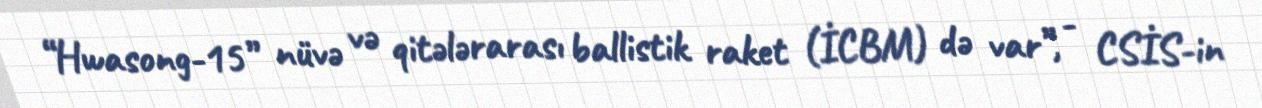
“Hwasong-15” nüvə və qitələrarası ballistik raket (İCBM) də var”, - CSİS-in